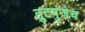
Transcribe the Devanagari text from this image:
तुटपुंजेच